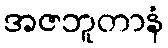
အဇဘူတာနံ